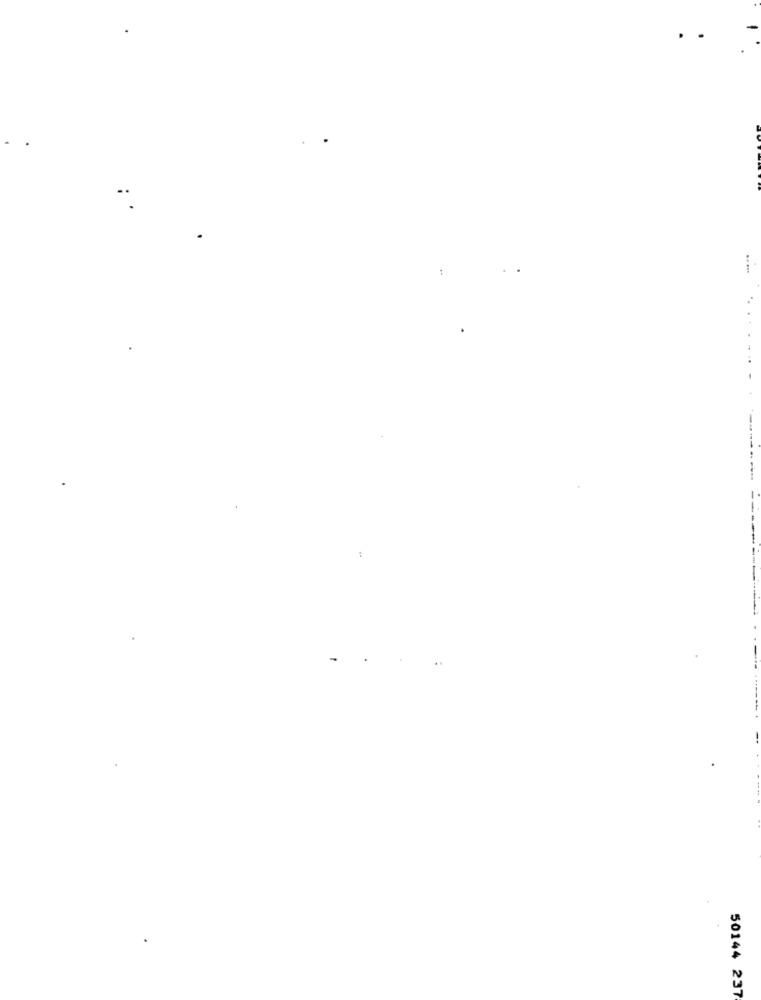
50144 237